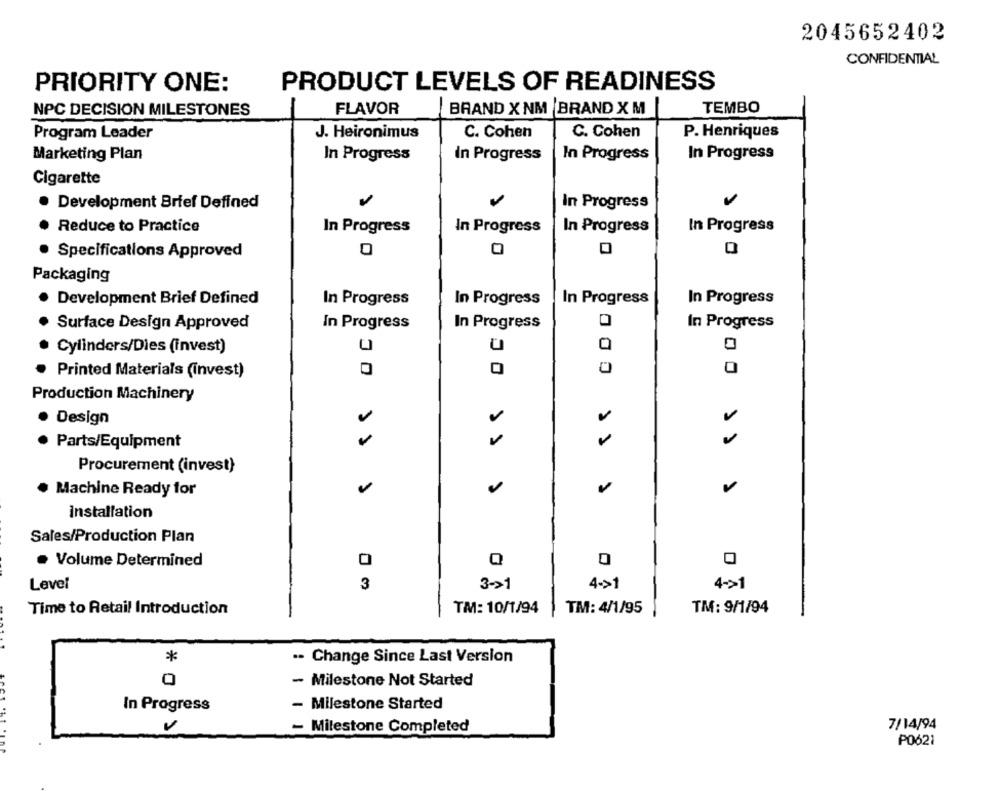
2045652402
CONFIDENTIAL
PRIORITY ONE:
PRODUCT LEVELS OF READINESS
FLAVOR
BRAND X NM |BRAND X M
TEMBO
NPC DECISION MILESTONES
J. Heironimus
C. Cohen
C. Cohen
P. Henriques
Program Leader
Marketing Plan
In Progress
In Progress
In Progress
In Progress
Cigarette
-
Development Brief Defined
In Progress
Reduce to Practice
In Progress
In Progress
In Progress
In Progress
Specifications Approved
Packaging
Development Brief Defined
In Progress
In Progress
In Progress
In Progress
COO
Surface Design Approved
In Progress
OC
In Progress
In Progress
Cylinders/Dies (invest)
Printed Materials (invest)
Production Machinery
Design
Parts/Equipment
Procurement (invest}
Machine Ready for
Installation
Sales/Production Plan
. Volume Determined
Level
3
3->1
4->1
4->1
TM: 10/1/94
TM: 4/1/95
TM: 9/1/94
Time to Retail Introduction
*
.. Change Since Last Version
0
- Milestone Not Started
In Progress
- Milestone Started
- Milestone Completed
7/14/94
PO621